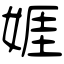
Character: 娾